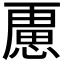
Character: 𭞐